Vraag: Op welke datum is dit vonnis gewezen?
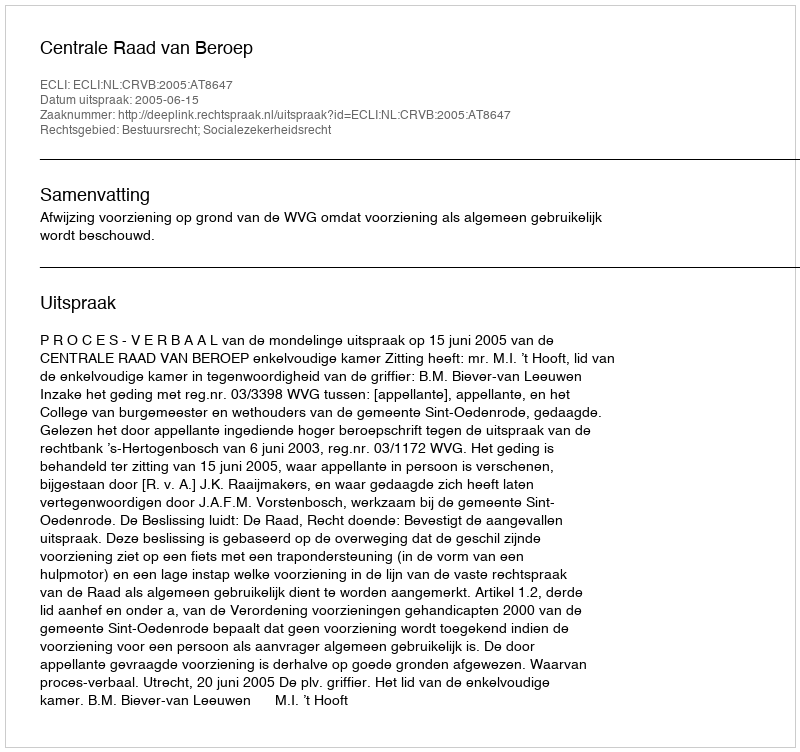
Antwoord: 2005-06-15